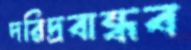
দরিদ্রবান্ধব